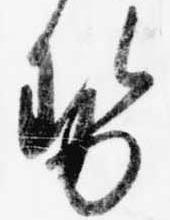
せ